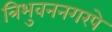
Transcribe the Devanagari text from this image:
त्रिभुवननगरपे